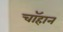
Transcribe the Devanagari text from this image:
चॉहान